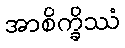
အာစိက္ခိဿံ